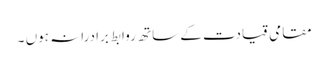
مقامی قیادت کے ساتھ روابط برادرانہ ہوں ۔